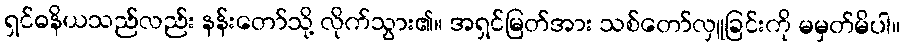
ရှင်ဓနိယသည်လည်း နန်းတော်သို့ လိုက်သွား၏။ အရှင်မြတ်အား သစ်တော်လှူခြင်းကို မမှတ်မိပါ။